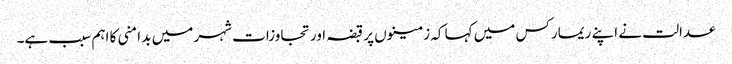
عدالت نے اپنے ریمارکس میں کہا کہ زمینوں پر قبضہ اور تجاوزات شہر میں بد امنی کا اہم سبب ہے۔